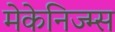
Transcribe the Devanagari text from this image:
मेकेनिज्म्स